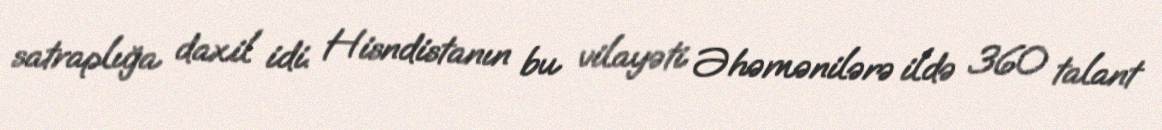
satraplığa daxil idi. Hisndistanın bu vilayəti Əhəmənilərə ildə 360 talant